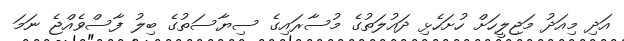
އަދި މިއަދު މަޖިލީހަށް ހުށަހެޅި ދައުލަތުގެ މުސާރައިގެ ސިޔާސަތުގެ ބިލު ފާސްވެއްޖެ ނަމަ